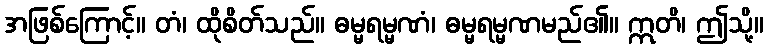
အဖြစ်ကြောင့်။ တံ၊ ထိုစိတ်သည်။ ဓမ္မရမ္မဏံ၊ ဓမ္မရမ္မဏမည်၏။ ဣတိ၊ ဤသို့။